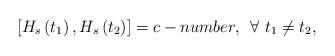
LaTeX: \begin{align*}\left[ H_{s}\left( t_{1}\right) ,H_{s}\left( t_{2}\right) \right]=c-number,\,\,\,\forall \,\,t_{1}\neq t_{2}, \end{align*}